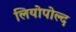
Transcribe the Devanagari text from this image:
लियोपोल्द